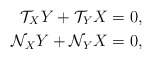
\begin{align*} \mathcal{T}_{X}Y+\mathcal{T}_{Y}X&=0 ,\\\mathcal{N}_{X}Y+\mathcal{N}_{Y}X&=0 ,\end{align*}